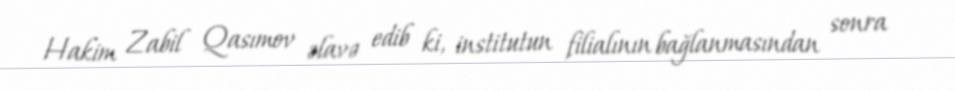
Hakim Zabil Qasımov əlavə edib ki, institutun filialının bağlanmasından sonra